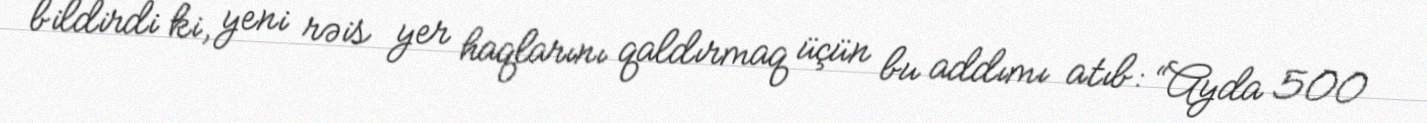
bildirdi ki, yeni rəis yer haqlarını qaldırmaq üçün bu addımı atıb: “Ayda 500